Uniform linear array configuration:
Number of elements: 64
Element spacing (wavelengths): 0.5
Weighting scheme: cosine
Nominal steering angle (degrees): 30
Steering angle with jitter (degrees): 31.302
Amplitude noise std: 0.05
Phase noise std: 0.05

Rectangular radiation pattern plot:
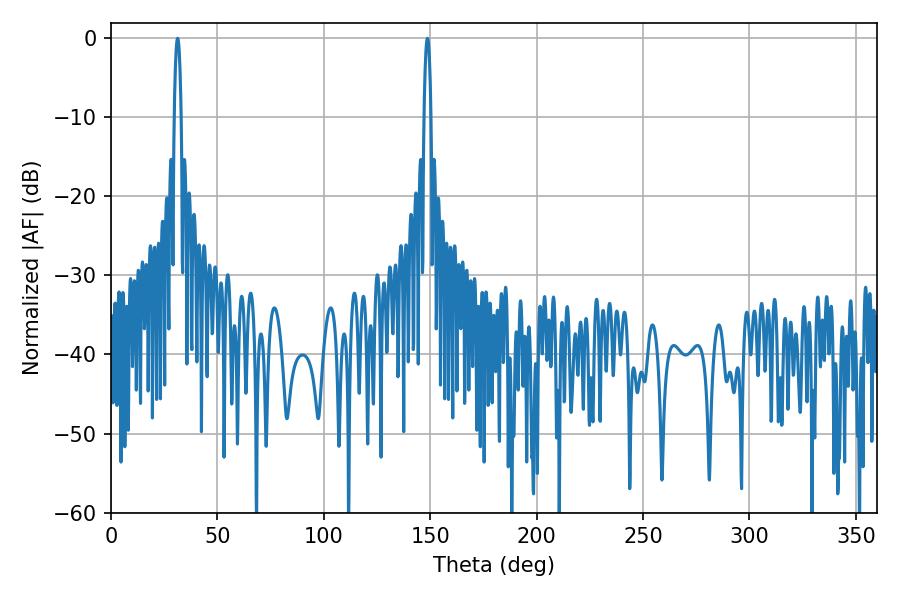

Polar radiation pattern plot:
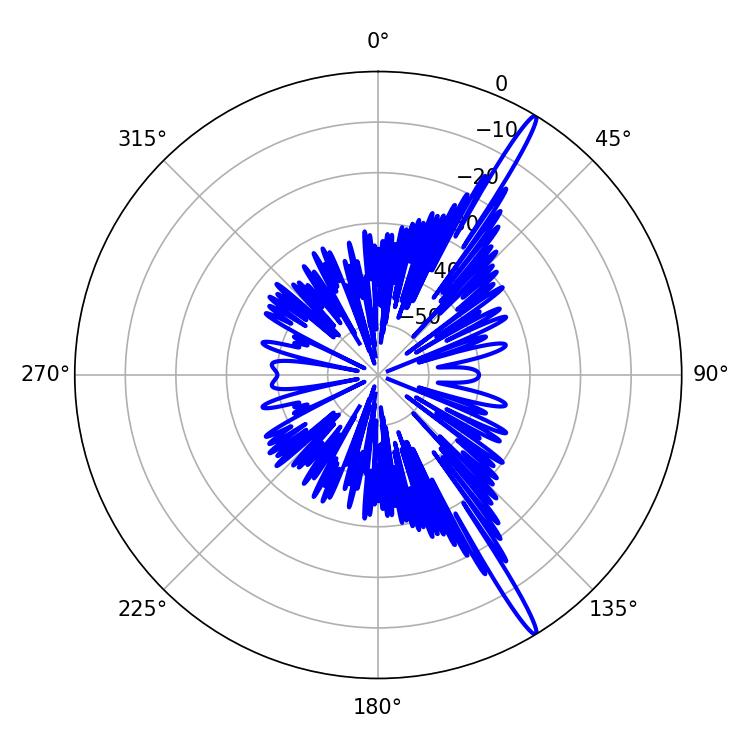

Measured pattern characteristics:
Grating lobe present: FALSE
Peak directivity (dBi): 17.189
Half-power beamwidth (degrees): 1.8
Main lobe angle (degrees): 31.32